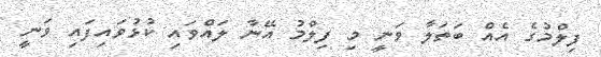
ފިލްމުގެ އެއް ބަތަލާ ވަނީ މި ފިލްމު އޭނާ ލައްވައި ކުޅުވައިފައި ވަނީ